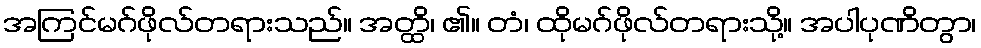
အကြင်မဂ်ဖိုလ်တရားသည်။ အတ္ထိ၊ ၏။ တံ၊ ထိုမဂ်ဖိုလ်တရားသို့။ အပါပုဏိတွာ၊